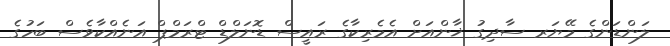
ލަންޑަންގެ މޭޔަރ ސާދިގު ޚާންއަށް އެމެރިކާގެ ރައީސް ޑޮނަލްޑް ޓްރަމްޕް އަނެއްކާވެސް ބަހުގެ